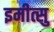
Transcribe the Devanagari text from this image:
इमीत्सु